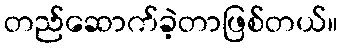
တည်ဆောက်ခဲ့တာဖြစ်တယ်။